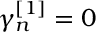
\gamma _ { n } ^ { \left[ 1 \right] } = 0